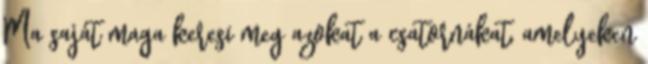
Ma saját maga keresi meg azokat a csatornákat, amelyeken